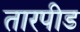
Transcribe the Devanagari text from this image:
तारपीड